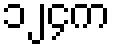
၁၂၄က